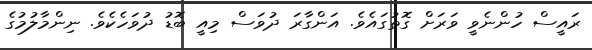
ރައީސް ހުންނެވީ ވަރަށް ގޮތުގައެވެ. އަންގާރަ ދުވަސް މިއީ ބޮޑު ދުވަހެކެވެ. ނިންމާލުމުގެ